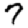
Digit: 7